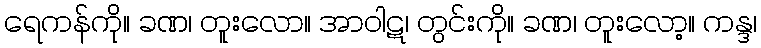
ရေကန်ကို။ ခဏ၊ တူးလော။ အာဝါဋ၊ တွင်းကို။ ခဏ၊ တူးလော့။ ကန္ဒ၊